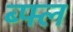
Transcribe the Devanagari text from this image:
ब्फ्ल